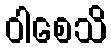
ဝါစေသိ